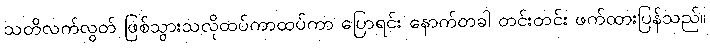
သတိလက်လွတ် ဖြစ်သွားသလိုထပ်ကာထပ်ကာ ပြောရင်း နောက်တခါ တင်းတင်း ဖက်ထားပြန်သည်။